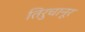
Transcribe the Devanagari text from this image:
तिरुचानूर